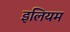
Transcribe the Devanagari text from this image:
इलियम